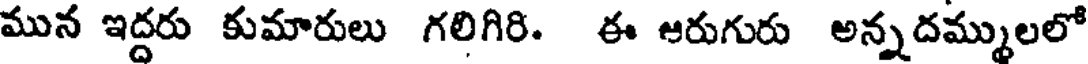
మున ఇద్దరు కుమారులు గలిగిరి. ఈ ఆరుగురు అన్నదమ్ములలో